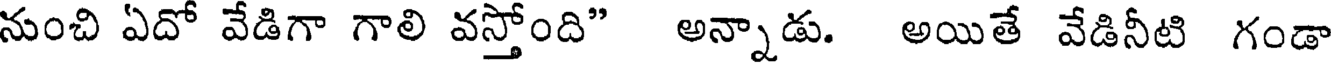
నుంచి ఏదో వేడిగా గాలి వస్తోంది" అన్నాడు. అయితే వేడినీటి గండా